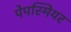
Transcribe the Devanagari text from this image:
पेपस्मियर